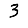
Digit: 3